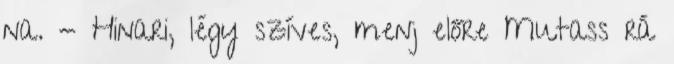
na. - Hinari, légy szíves, menj előre Mutass rá